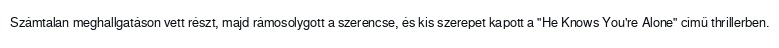
Számtalan meghallgatáson vett részt, majd rámosolygott a szerencse, és kis szerepet kapott a "He Knows You're Alone" című thrillerben.